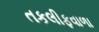
તકલીફવાળા